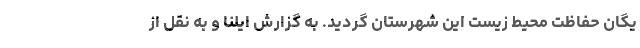
یگان حفاظت محیط زیست این شهرستان گردید. به گزارش ایلنا و به نقل از